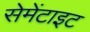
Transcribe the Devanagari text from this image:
सेमेंटाइट